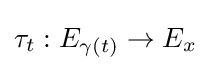
\tau _{t}:E_{\gamma (t)}\to E_{x}